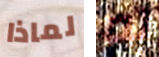
لماذا له